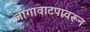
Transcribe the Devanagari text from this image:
जागावाटपावरून